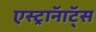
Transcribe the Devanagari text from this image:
एस्ट्राॅनाॅट्स